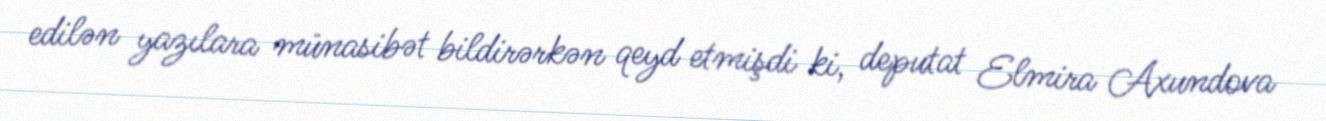
edilən yazılara münasibət bildirərkən qeyd etmişdi ki, deputat Elmira Axundova